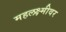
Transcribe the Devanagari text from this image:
महलक्ष्मीवर